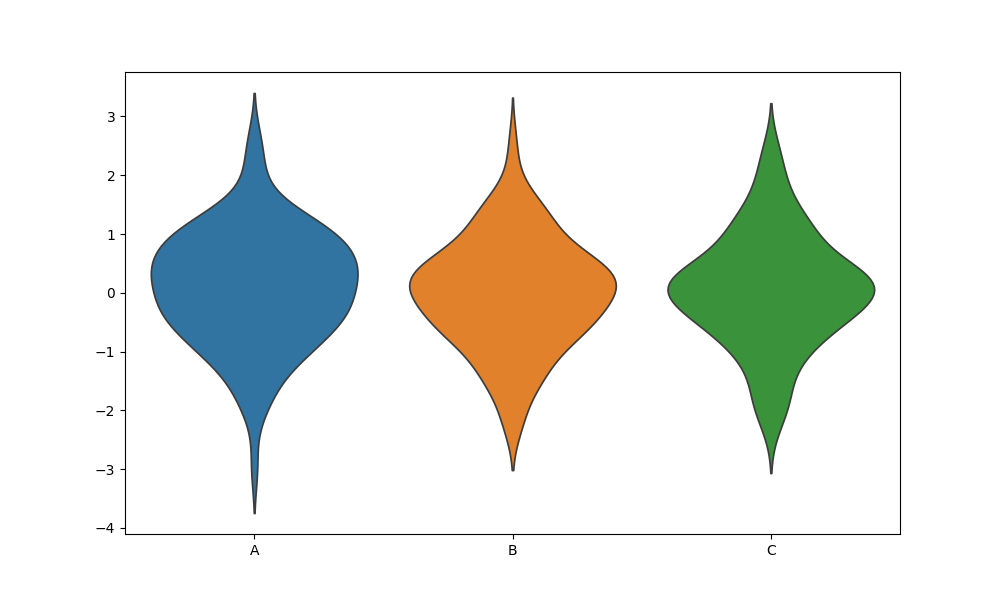
python, seaborn, violinplot, scale='area', split='False', inner='None', fill='True'